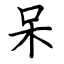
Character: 呆